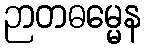
ဉာတဓမ္မေန